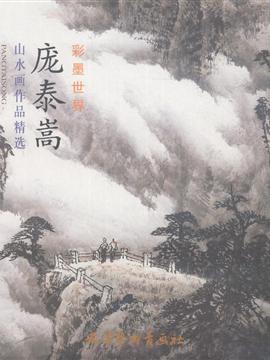
禁烟不到粤人国，上冢亦携庞老家。